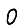
Digit: 0